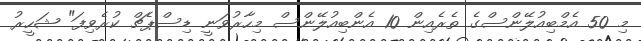
މި 50 އެމްބިއުލޭންސްގެ ތެރެއިން 10 އެންބިއުލޭންސް މިހާރުވަނީ ޑިސްޕެޗް ކުރެވިފަ" ޝަހީރު